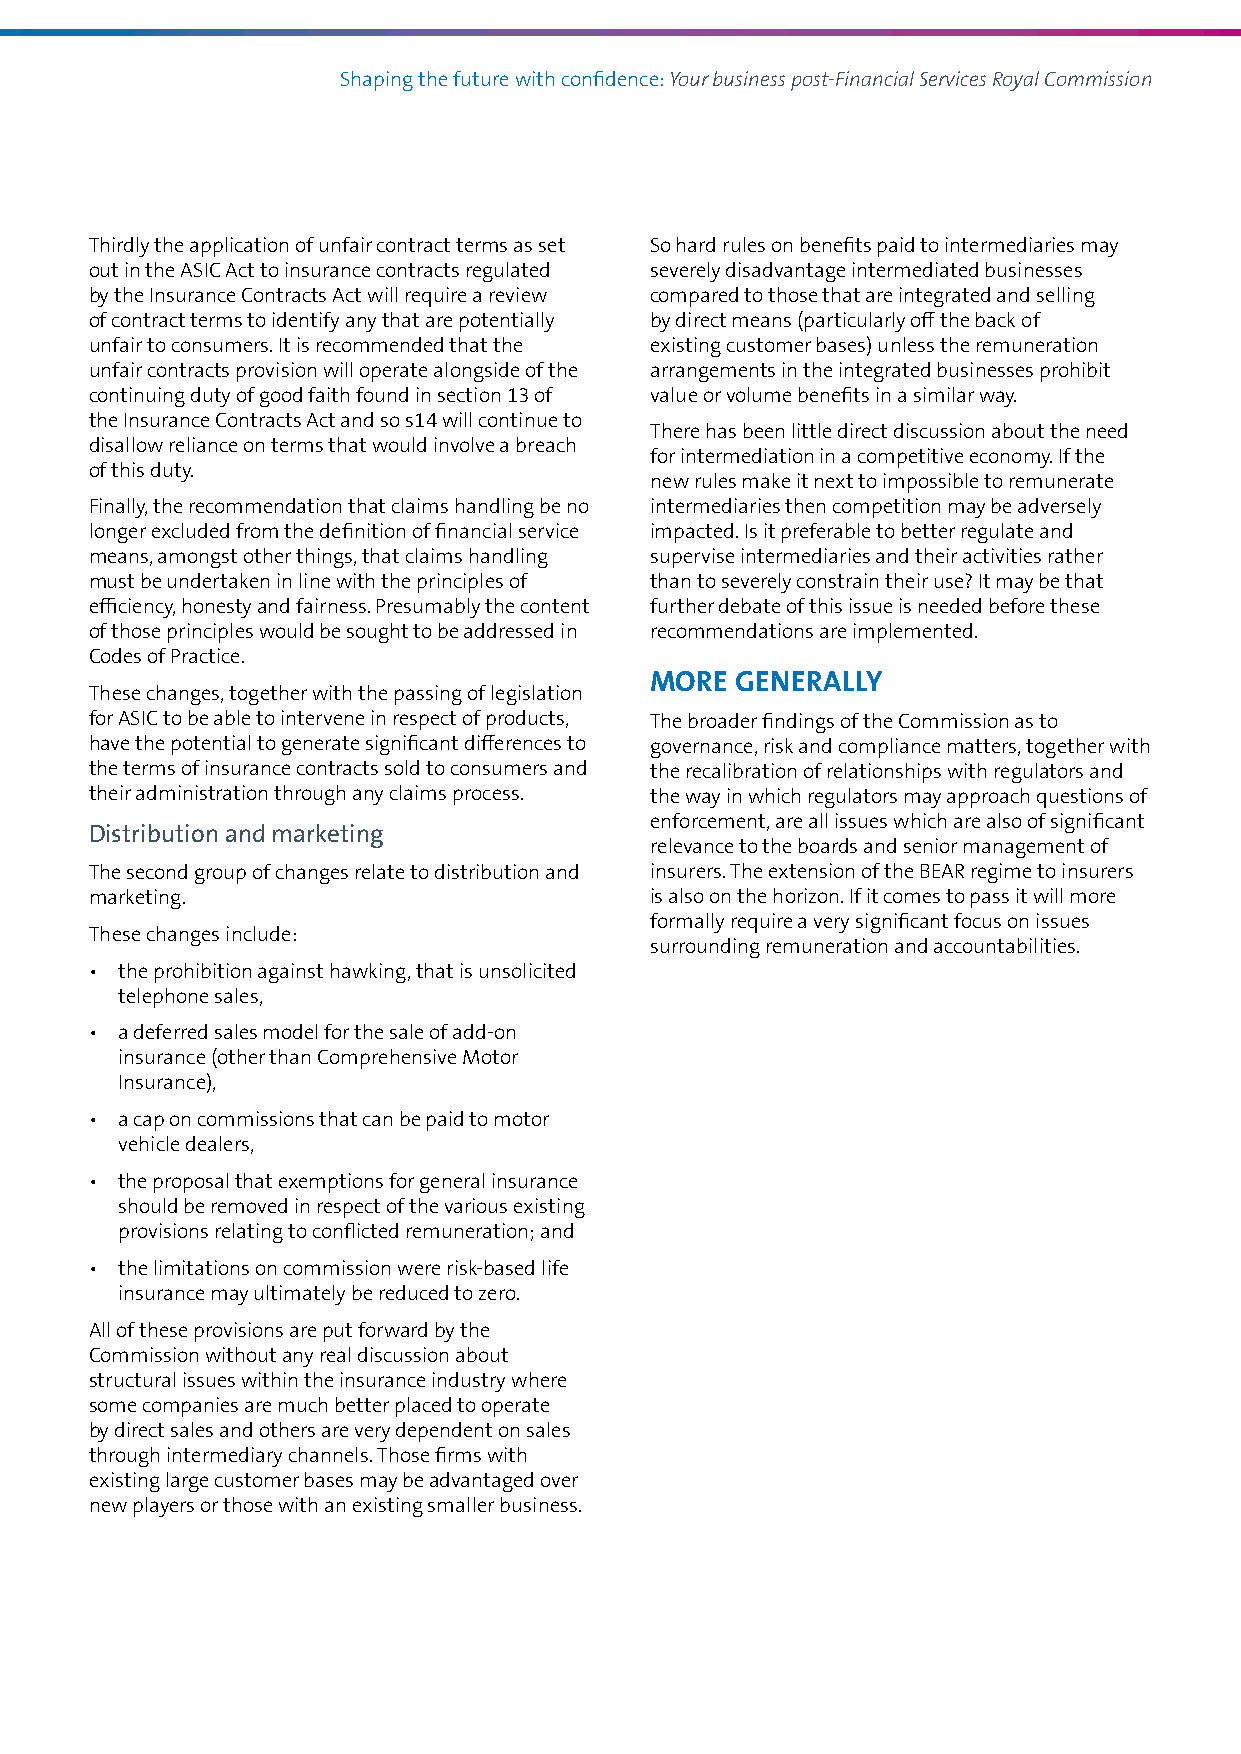
Shaping the future with confidence: Your business post‑Financial Services Royal Commission
 Thirdly the application of unfair contract terms as set So hard rules on benefits paid to intermediaries may
 out in the ASIC Act to insurance contracts regulated severely disadvantage intermediated businesses
 by the Insurance Contracts Act will require a review compared to those that are integrated and selling
 of contract terms to identify any that are potentially by direct means (particularly off the back of
 unfair to consumers. It is recommended that the existing customer bases) unless the remuneration
 unfair contracts provision will operate alongside of the arrangements in the integrated businesses prohibit
 continuing duty of good faith found in section 13 of value or volume benefits in a similar way.
 the Insurance Contracts Act and so s14 will continue to
 There has been little direct discussion about the need
 disallow reliance on terms that would involve a breach
 for intermediation in a competitive economy. If the
 of this duty.
 new rules make it next to impossible to remunerate
 Finally, the recommendation that claims handling be no intermediaries then competition may be adversely
 longer excluded from the definition of financial service impacted. Is it preferable to better regulate and
 means, amongst other things, that claims handling supervise intermediaries and their activities rather
 must be undertaken in line with the principles of than to severely constrain their use? It may be that
 efficiency, honesty and fairness. Presumably the content further debate of this issue is needed before these
 of those principles would be sought to be addressed in recommendations are implemented.
 Codes of Practice.
 MORE  GENERALLY
 These changes, together with the passing of legislation
 for ASIC to be able to intervene in respect of products, The broader findings of the Commission as to
 have the potential to generate significant differences to governance, risk and compliance matters, together with
 the terms of insurance contracts sold to consumers and the recalibration of relationships with regulators and
 their administration through any claims process. the way in which regulators may approach questions of
 enforcement, are all issues which are also of significant
 Distribution and marketing
 relevance to the boards and senior management of
 The second group of changes relate to distribution and insurers. The extension of the BEAR regime to insurers
 marketing.                           is also on the horizon. If it comes to pass it will more
 formally require a very significant focus on issues
 These changes include:
 surrounding remuneration and accountabilities.
 • the prohibition against hawking, that is unsolicited
 telephone sales,
 • a deferred sales model for the sale of add‑on
 insurance (other than Comprehensive Motor
 Insurance),
 • a cap on commissions that can be paid to motor
 vehicle dealers,
 • the proposal that exemptions for general insurance
 should be removed in respect of the various existing
 provisions relating to conflicted remuneration; and
 • the limitations on commission were risk‑based life
 insurance may ultimately be reduced to zero.
 All of these provisions are put forward by the
 Commission without any real discussion about
 structural issues within the insurance industry where
 some companies are much better placed to operate
 by direct sales and others are very dependent on sales
 through intermediary channels. Those firms with
 existing large customer bases may be advantaged over
 new players or those with an existing smaller business.